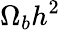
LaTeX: \Omega_{b}h^{2}